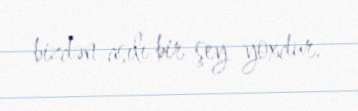
bizdən asılı bir şey yoxdur.